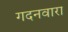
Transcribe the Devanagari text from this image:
गदनवारा